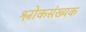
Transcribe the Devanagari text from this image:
श्लोकसंख्यक